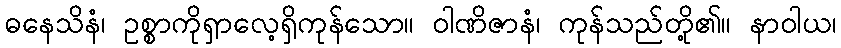
ဓနေသိနံ၊ ဥစ္စာကိုရှာလေ့ရှိကုန်သော။ ဝါဏိဇာနံ၊ ကုန်သည်တို့၏။ နာဝါယ၊